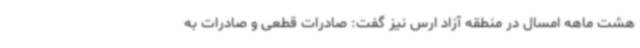
هشت ماهه امسال در منطقه آزاد ارس نیز گفت: صادرات قطعی و صادرات به